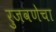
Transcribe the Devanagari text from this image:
रुजवणेचा